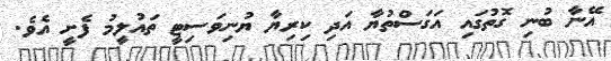
އޭނާ ބުނި ގޮތުގައި އަގަސްތުޔާ އަދި ކިރިޔާ ޔުނިވަސިޓީ ތައުލީމު ފެށީ އެވެ.